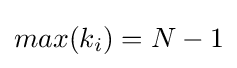
max(k_{i})=N-1